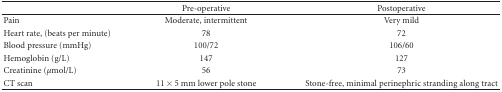
<table><thead><tr><td></td><td><b>Pre-operative</b></td><td><b>Postoperative</b></td></tr></thead><tbody><tr><td>Pain</td><td>Moderate, intermittent</td><td>Very mild</td></tr><tr><td>Heart rate, (beats per minute)</td><td>78</td><td>72</td></tr><tr><td>Blood pressure (mmHg)</td><td>100/72</td><td>106/60</td></tr><tr><td>Hemoglobin (g/L)</td><td>147</td><td>127</td></tr><tr><td>Creatinine (<i>μ</i>mol/L)</td><td>56</td><td>73</td></tr><tr><td>CT scan</td><td>11 × 5 mm lower pole stone</td><td>Stone-free, minimal perinephric stranding along tract</td></tr></tbody></table>